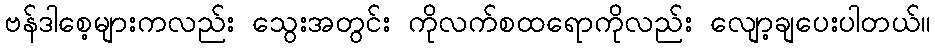
ဗန်ဒါစေ့များကလည်း သွေးအတွင်း ကိုလက်စထရောကိုလည်း လျော့ချပေးပါတယ်။